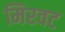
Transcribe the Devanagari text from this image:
मिरवट